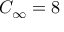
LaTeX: C _ { \infty } = 8